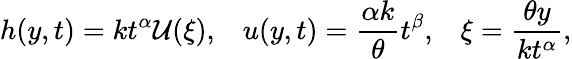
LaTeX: h(y,t)=kt^{\alpha}\mathcal{U}(\xi),\; \; \; u(y,t)=\frac{\alpha k}{\theta}t^{\beta},\; \; \; \xi=\frac{\theta y}{kt^{\alpha}},